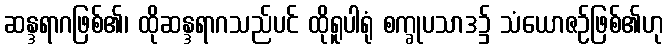
ဆန္ဒရာဂဖြစ်၏၊ ထိုဆန္ဒရာဂသည်ပင် ထိုရူပါရုံ စက္ခုပသာဒ၌ သံယောဇဉ်ဖြစ်၏ဟု